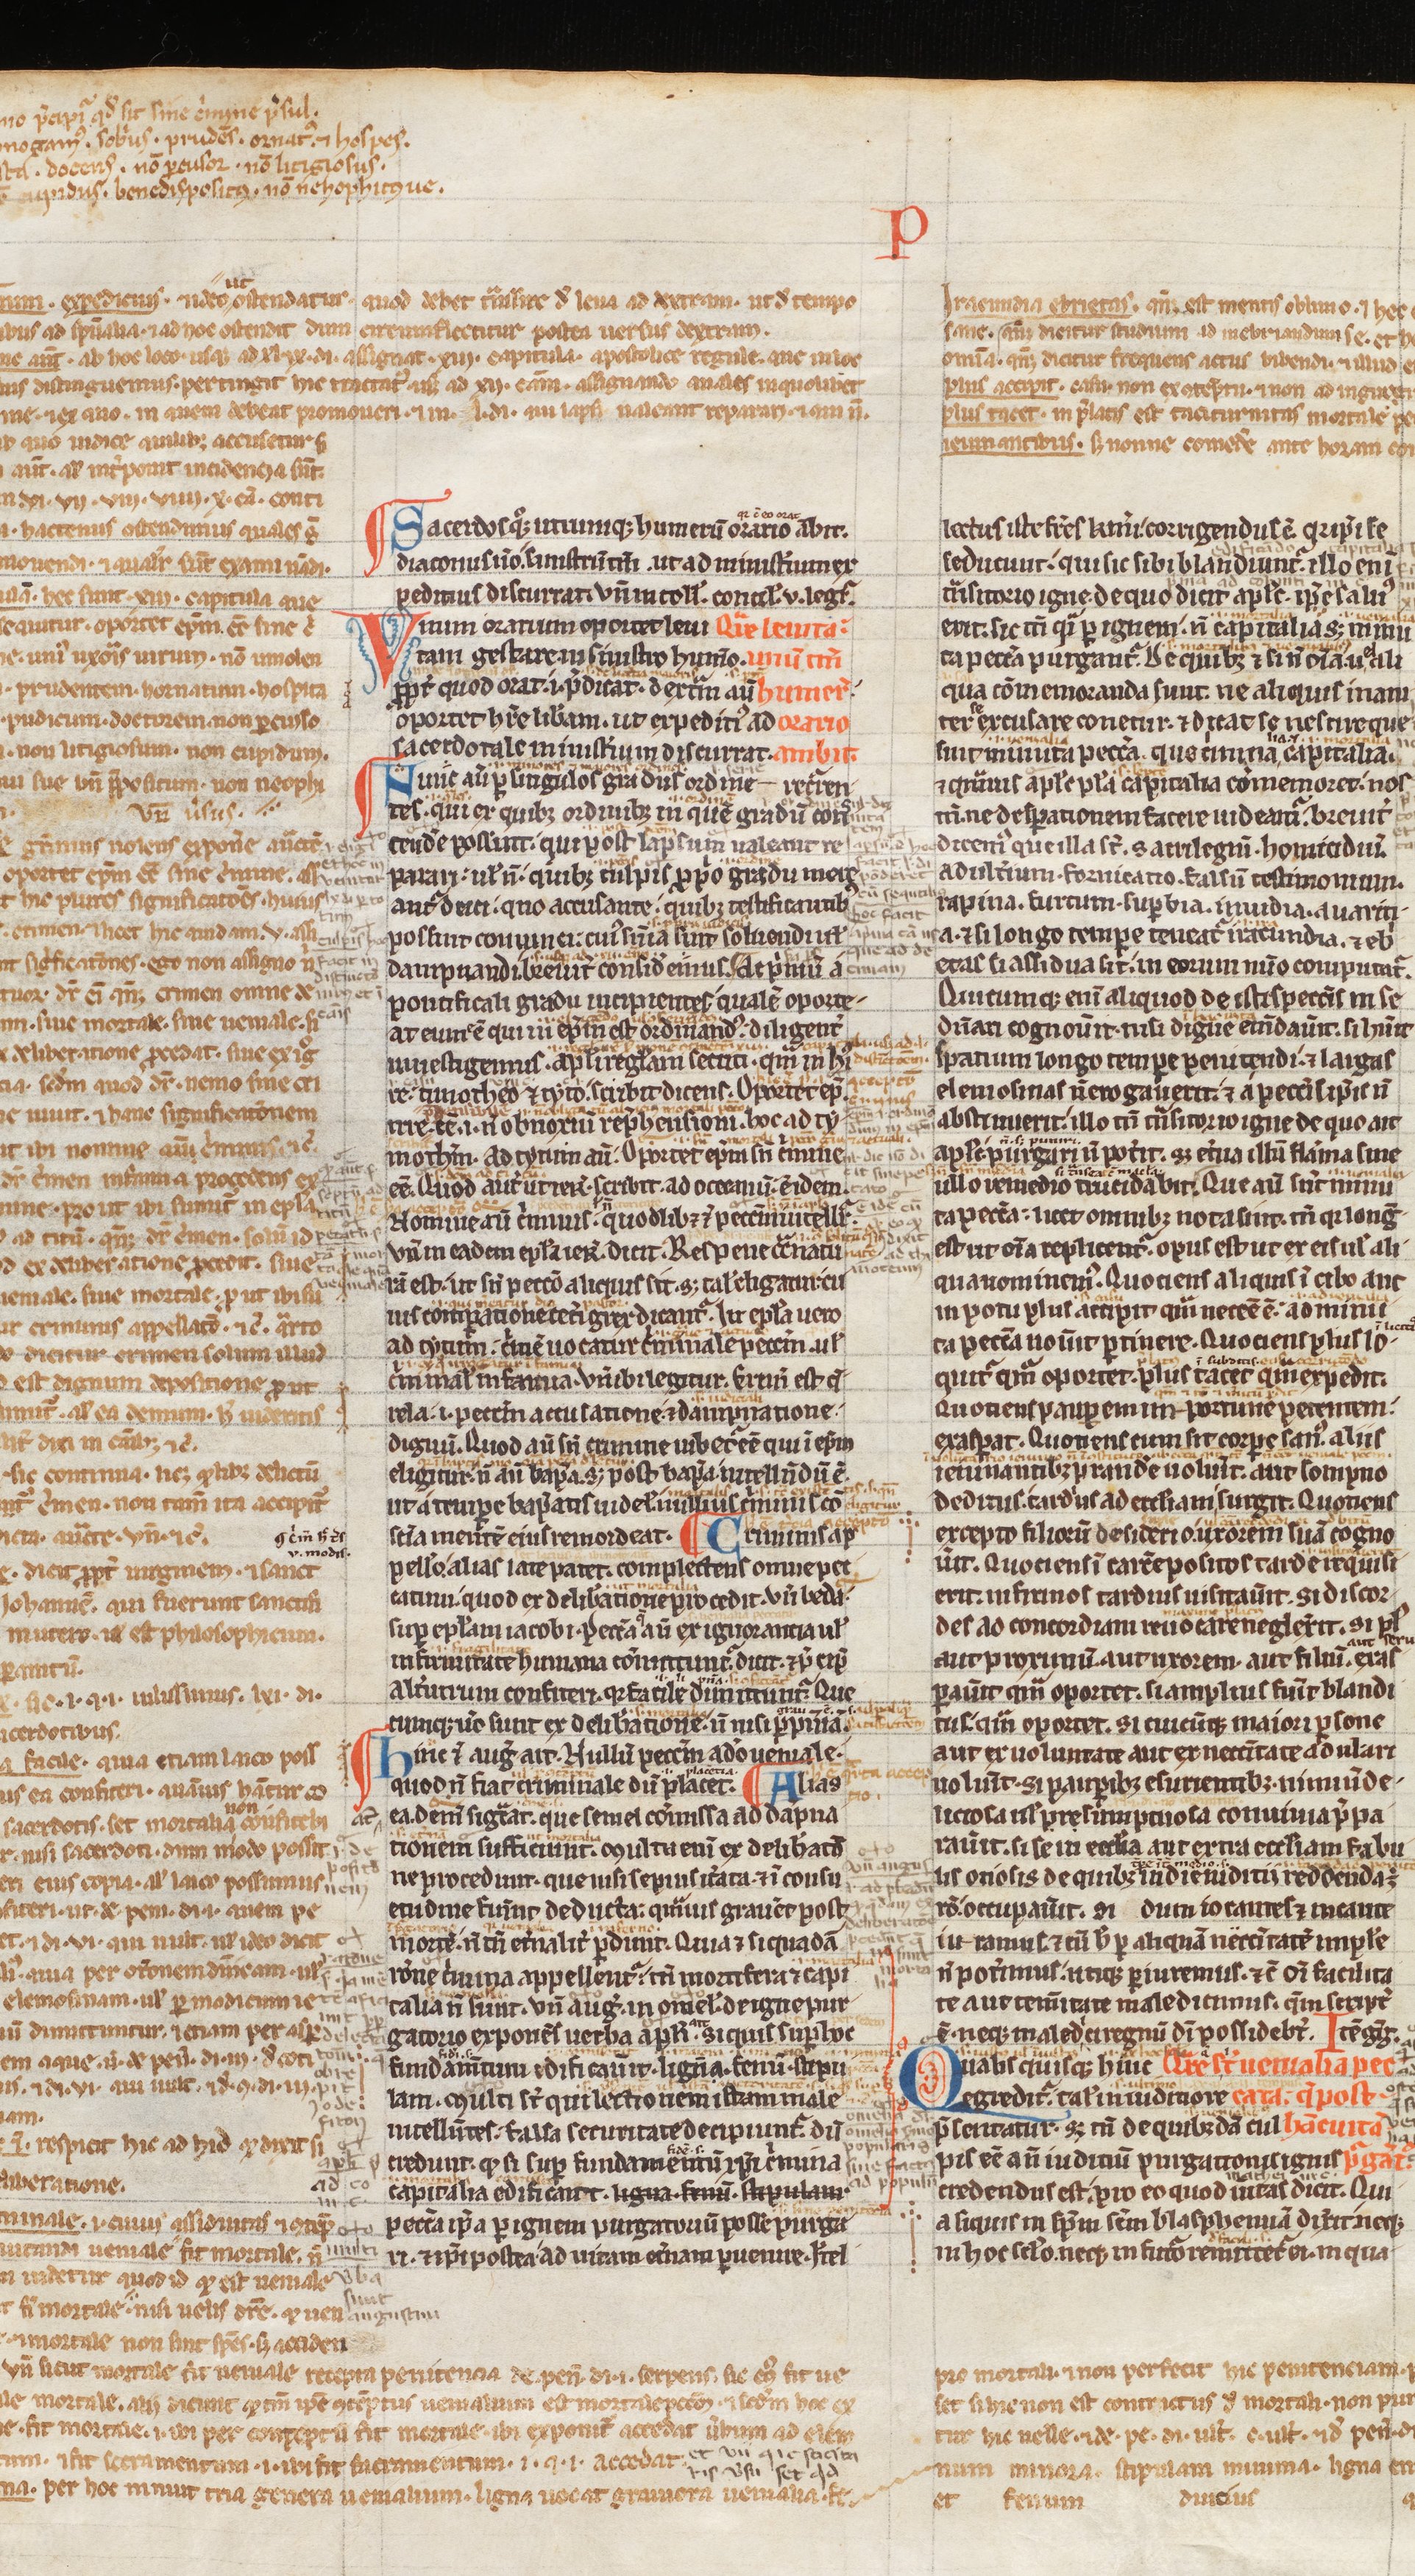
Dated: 1200–1249